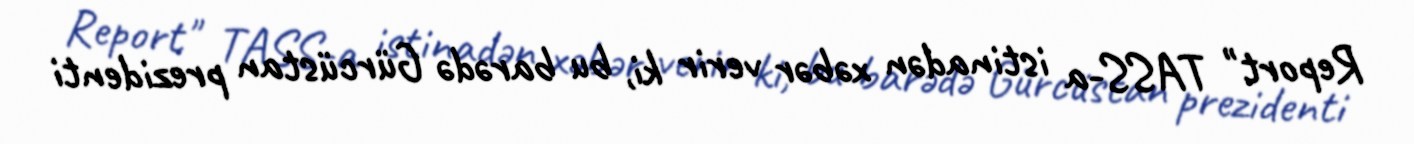
Report" TASS-a istinadən xəbər verir ki, bu barədə Gürcüstan prezidenti